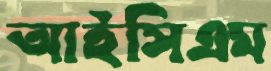
আইসিএম